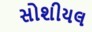
સોશીયલ